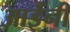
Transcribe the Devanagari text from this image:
आईंनी